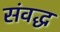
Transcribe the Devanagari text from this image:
संवद्ध